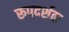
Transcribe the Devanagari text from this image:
रूपदर्शक